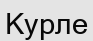
Курле